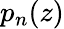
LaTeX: p_{n}(z)